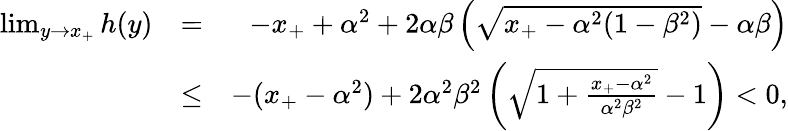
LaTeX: \begin{array}{rlr}{\operatorname*{lim}_{y\to x_{+}}h(y)}&{=}&{-x_{+}+\alpha^{2}+2\alpha\beta\left(\sqrt{x_{+}-\alpha^{2}(1-\beta^{2})}-\alpha\beta\right)}\\ &{\leq}&{-(x_{+}-\alpha^{2})+2\alpha^{2}\beta^{2}\left(\sqrt{1+\frac{x_{+}-\alpha^{2}}{\alpha^{2}\beta^{2}}}-1\right)<0,}\end{array}